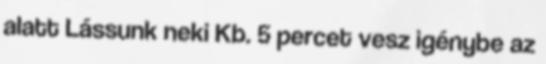
alatt Lássunk neki Kb. 5 percet vesz igénybe az